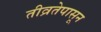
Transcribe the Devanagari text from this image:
तीव्रतेपासून